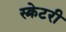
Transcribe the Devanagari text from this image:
स्क्रेटरी